Vaccination United Provinces of Agra and Oudh 1923-1928 - 1923-1928
Year: 1923
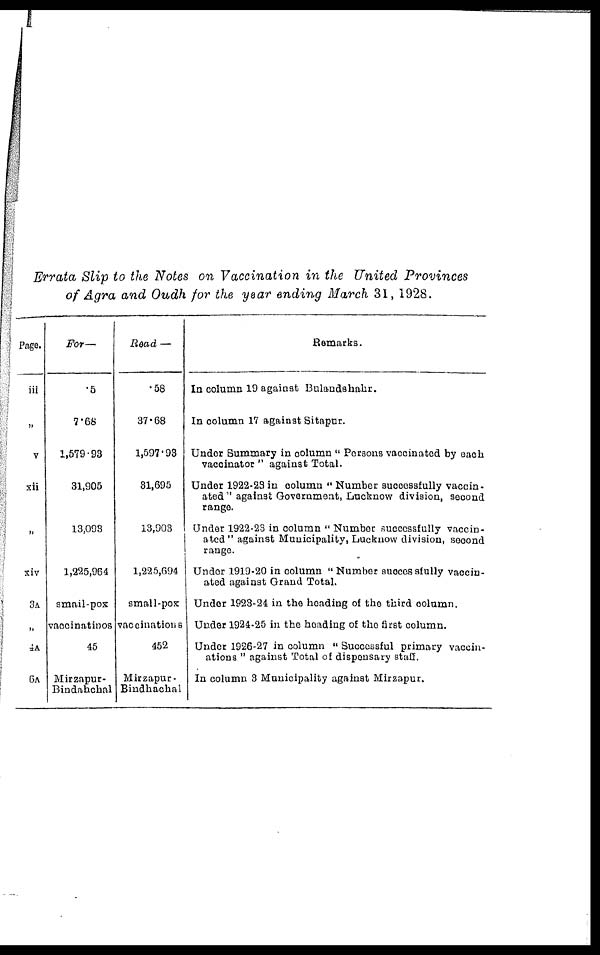
Errata Slip to the Notes on Vaccination in the United Provinces
of Agra and Oudh for the year ending March 31, 1928.
Page.
iii
„
v
xii
„
xiv
3A
„
4A
6A
For—
.5
7.68
1,579.93
31,905
13,093
1,225,964
small-pox
vaccinatinos
45
Mirzapur-
Bindahchal
Read —
.58
37.68
1,597.93
31,695
13,903
1,225,694
small-pox
vaccinations
452
Mirzapur-
Bindhachal
Remarks.
In column 19 against Bulandahahr.
In column 17 against Sitapur.
Under Summary in column " Persons vaccinated by each
vaccinator " against Total.
Under 1922-23 in column " Number successfully vaccin-
ated" against Government, Lucknow division, second
range.
Under 1922-23 in column " Number successfully vaccin-
ated " against Municipality, Lucknow division, second
range.
Under 1919-20 in column " Number successfully vaccin-
ated against Grand Total.
Under 1923-24 in the heading of the third column.
Under 1924-25 in the heading of the first column.
Under 1926-27 in column " Successful primary vaccin-
ations " against Total of dispensary staff.
In column 3 Municipality against Mirzapur.